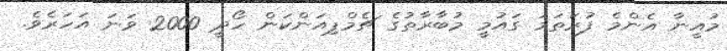
މުއީނާ އެންމެ ފުރަތަމަ ގައުމީ މުބާރާތުގެ ޗެމްޕިއަންކަން ހޯދީ 2000 ވަނަ އަހަރެވެ.